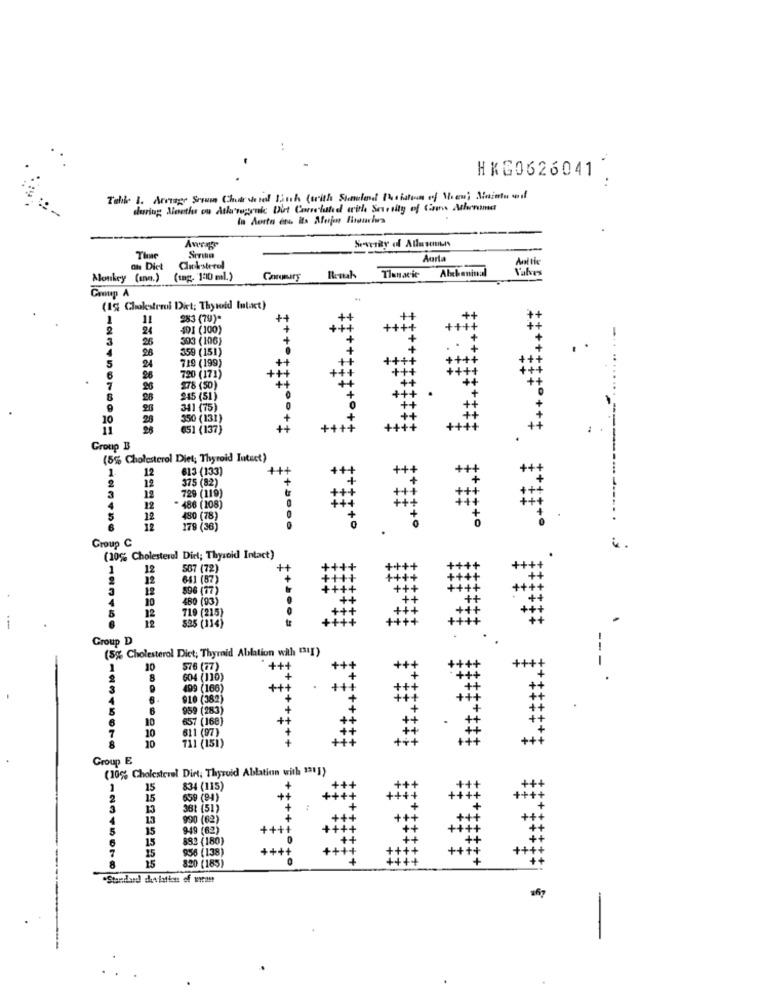
HKG0626041
..
during Months ou Atlarogrule Diet Correlate with Seesity of Crans Atherrema
In Aorta en its Mujer Fisouris
The
Carla
Anttie
on Dict
Clicksterol
Alxboninal
Valves
Monkey (mnn.)
(tag. 100 ml)
Caromary
1tsk
Tlanavie
Coup A
(1% Cholesterol Diet; Thyroid Intact)
283 (79)*
5
7
10
10 3333
Group B
(5% Cholesterol Diet; Thyroid Tutuct)
12
12
3
12
12
5
12
+000
6
#*# **
Group C
(10% Cholesterol Diet; Thyroid Intact)
4
Group D
(5% Cholesterol Diet; Thyroid Ablation with "II)
Group E
(10% Cholesterel Dirt, Thyroid Ablation with 131])
1
2
3
13
13
5
15
6
15
"Standhad dithations of wran